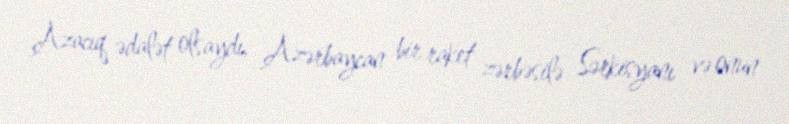
Azacıq ədalət olsaydı, Azərbaycan bir raket zərbəsilə Sərkisyanı və onun